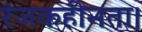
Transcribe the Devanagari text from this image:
रंजकहीनता।